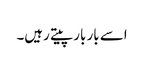
اسے بار بار پیتے رہیں۔